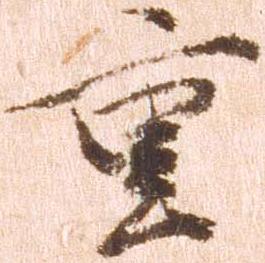
重